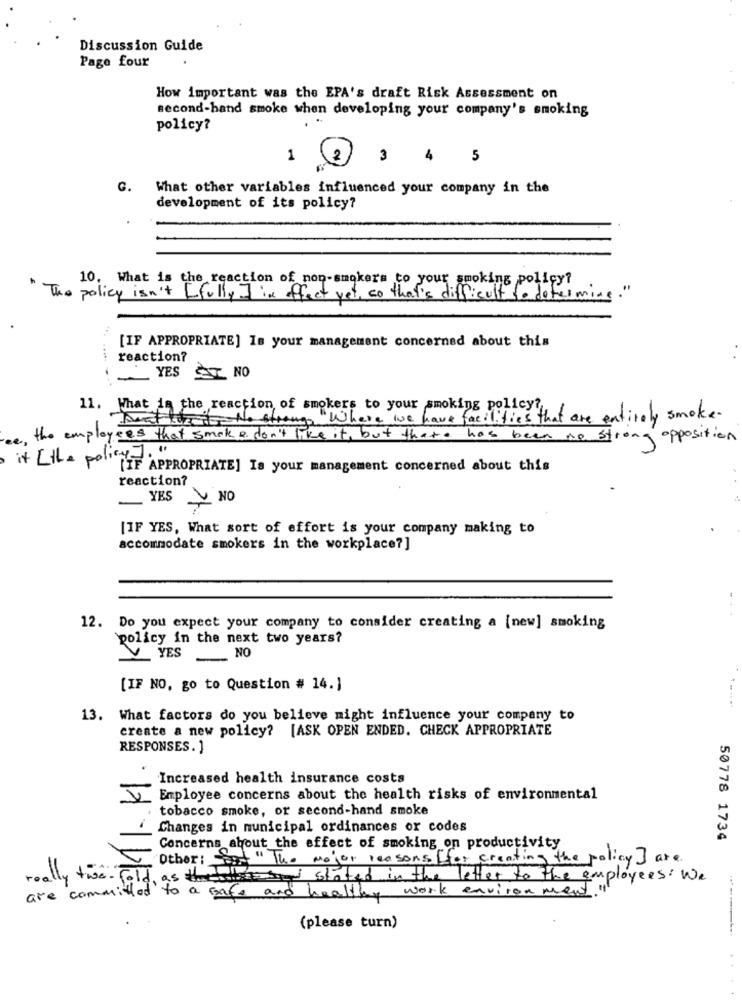
Discussion Guide
Page four
How important was the EPA's draft Risk Assessment on
second-hand smoke when developing your company's smoking
policy?
1
(2)
3 4
5
G.
What other variables influenced your company in the
development of its policy?
10. What is the reaction of non-smokers to your smoking policy?
The policy isn't [ fully ] in effect yet, so that's difficult to determine.
[IF APPROPRIATE] Is your management concerned about this
reaction?
YES ST NO
11. What is the reaction of smokers to your smoking policy?
."Where we have facilities that are entirely smoke.
Mert tizi No strong!
the employees that smok & don't like it, but that has been we strong opposition
it [the policy
[IF APPROPRIATE] Is your management concerned about this
reaction?
YES
NO
[IF YES, What sort of effort is your company making to
accommodate smokers in the workplace?]
12. Do you expect your company to consider creating a (new] smoking
policy in the next two years?
YES
- NO
[IF NO, go to Question # 14.]
13. What factors do you believe might influence your company to
create a new policy? [ASK OPEN ENDED. CHECK APPROPRIATE
RESPONSES. ]
Increased health insurance costs
Employee concerns about the health risks of environmental
tobacco smoke, or second-hand smoke
Changes in municipal ordinances or codes
50778 1734
Concerns about the effect of smoking on productivity
Other: " The major reasons ffor creating the policy ] are
really two - fol.
as thealso stated in the letter to the employees : We
are committed to a safe and healthy work environment
(please turn)